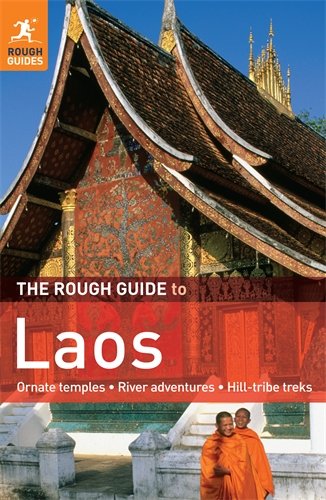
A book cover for The Rough Guide to Laos; Rough Guides; Travel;